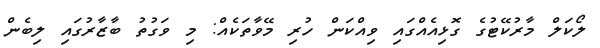
ލޯކަލް މާރުކޭޓުގެ ގޮޅިއެއްގައި ވިއްކަން ހުރި މޭވާތަކެއް: މި ވަގުތު ބާޒާރުގައި ލިބެން